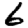
Digit: 6